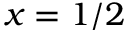
x = 1 / 2